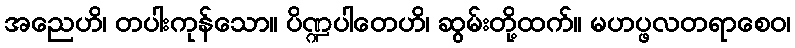
အညေဟိ၊ တပါးကုန်သော။ ပိဏ္ဍပါတေဟိ၊ ဆွမ်းတို့ထက်။ မဟပ္ဖလတရာစေဝ၊